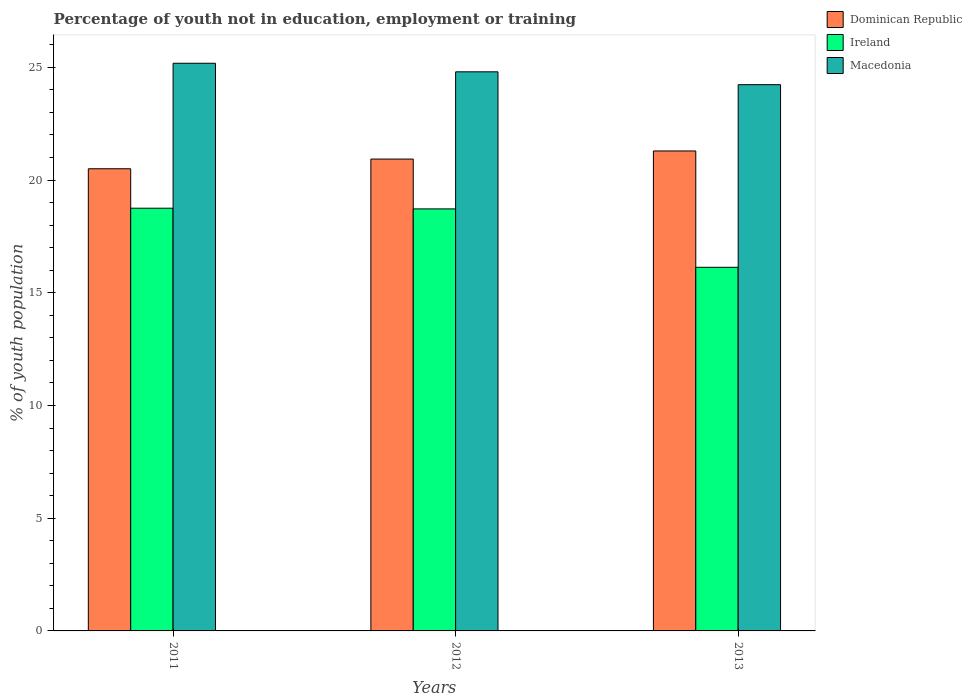
| Years | Dominican Republic | Ireland | Macedonia |
 | --- | --- | --- | --- |
 | 2011 | 20.5 | 18.8 | 25.2 |
 | 2012 | 20.9 | 18.7 | 24.8 |
 | 2013 | 21.3 | 16.1 | 24.2 |